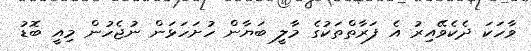
ވާހަކަ ދެކެވޭއިރު އެ ފަރާތްތަކުގެ މާލީ ބަޔާން ހުށަހަޅަން ނުޖެހުން މިއީ ބޮޑު